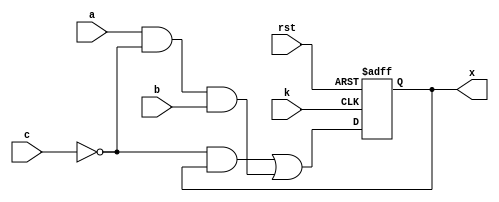
module clb_df(
	input a,
	input b,
	input c,
	input k,
	input rst,
	output x
);

	wire f;
	reg q;
	
	assign f = ~c & q | a & ~c & b;
	
	always @(posedge k, negedge rst) begin
		if (rst == 1'b0) begin
			q <= 1'b0;
		end else begin
			q <= f;
		end
	end
	
	assign x = q;

endmodule